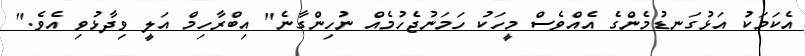
އެކަމަކު އަޅުގަނޑުމެންގެ އެއްވެސް މީހަކު ހަމަނުޖެހުމެއް ނުހިންގާނެ" އިބްރާހިމް އަލީ ވިދާޅުވި އެވެ."